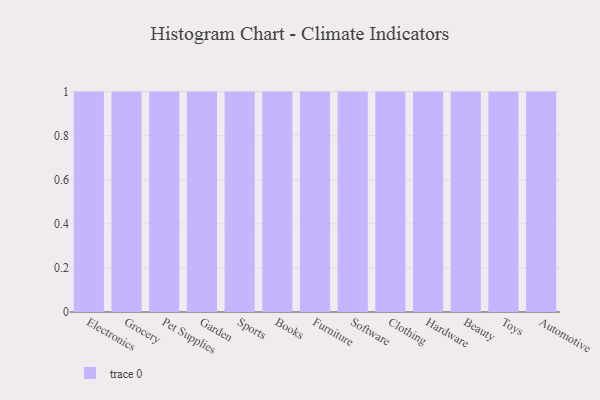
{"axis": {"x": "Category", "y": "Temperature (°C)"}, "legend": [""], "data": [{"x": "Electronics", "y": 5, "type": ""}, {"x": "Grocery", "y": 28, "type": ""}, {"x": "Pet Supplies", "y": 15, "type": ""}, {"x": "Garden", "y": 8, "type": ""}, {"x": "Sports", "y": 88, "type": ""}, {"x": "Books", "y": 43, "type": ""}, {"x": "Furniture", "y": 56, "type": ""}, {"x": "Software", "y": 91, "type": ""}, {"x": "Clothing", "y": 18, "type": ""}, {"x": "Hardware", "y": 81, "type": ""}, {"x": "Beauty", "y": 19, "type": ""}, {"x": "Toys", "y": 22, "type": ""}, {"x": "Automotive", "y": 78, "type": ""}]}